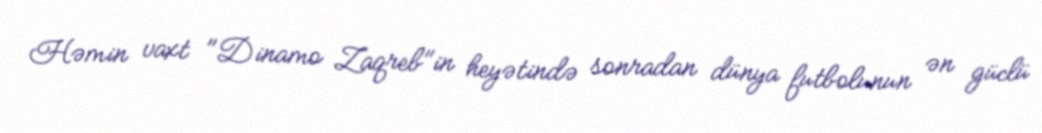
Həmin vaxt "Dinamo Zaqreb"in heyətində sonradan dünya futbolunun ən güclü